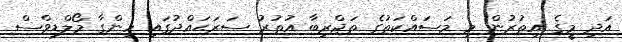
އަދި މީގެ އިތުރުން މި މަސައްކަތުގެ ތަޖްރިބާ އުތުރު ސަރަޙައްދުގައި ހިންގާ މޯލްޑިވްސް